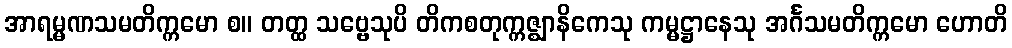
အာရမ္မဏသမတိက္ကမော စ။ တတ္ထ သဗ္ဗေသုပိ တိကစတုက္ကဇ္ဈာနိကေသု ကမ္မဋ္ဌာနေသု အင်္ဂသမတိက္ကမော ဟောတိ